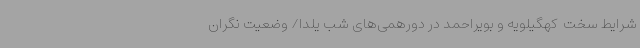
شرایط سخت  کهگیلویه و بویراحمد در دورهمی‌های شب یلدا/ وضعیت نگران